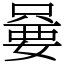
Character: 嘦